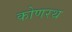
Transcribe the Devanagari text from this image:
कोणरथ